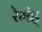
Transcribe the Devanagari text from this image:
रेमंड्